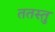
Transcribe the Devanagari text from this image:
ततस्तु